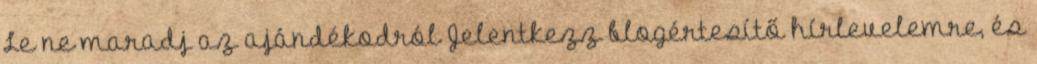
Le ne maradj az ajándékodról Jelentkezz blogértesítő hírlevelemre, és